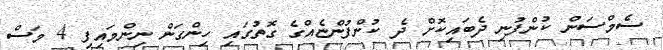
ސެމްސަން ކުންފުނި ދެބައިކޮށް ދެ ކުންފުންޏެއްގެ ގޮތުގައި ހިންގަން ނިންމައިފި 4 މަސް